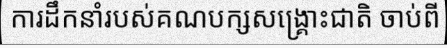
ការដឹកនាំរបស់គណបក្សសង្គ្រោះជាតិ ចាប់ពី